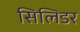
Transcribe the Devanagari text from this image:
सिलिडर